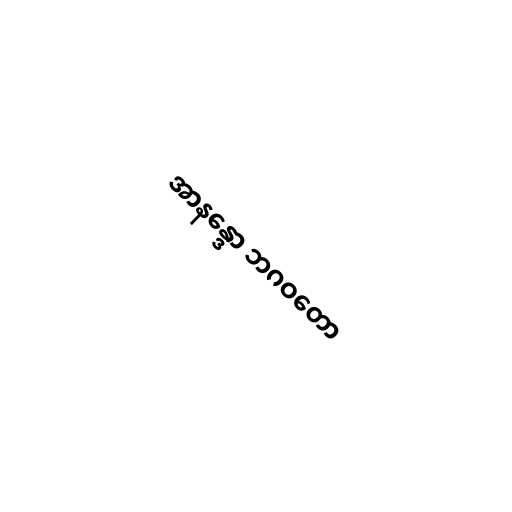
အာနန္ဒော ဘဂဝတော